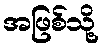
အဖြစ်သို့